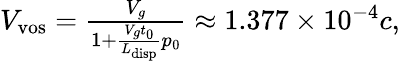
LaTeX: \begin{array}{r}{V_{\mathrm{vos}}=\frac{V_{g}}{1+\frac{V_{g}t_{0}}{L_{\mathrm{disp}}}p_{0}}\approx 1.377\times 10^{-4}c,}\end{array}